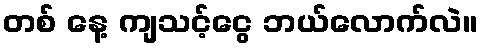
တစ် နေ့ ကျသင့်ငွေ ဘယ်လောက်လဲ။